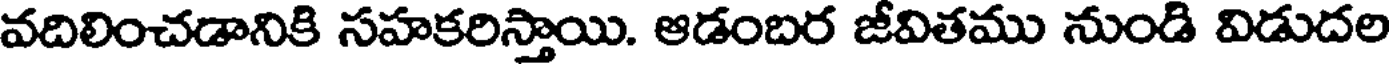
వదిలించడానికి సహకరిస్తాయి. ఆడంబర జీవితము నుండి విడుదల